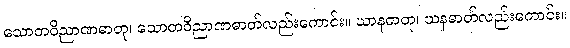
သောတဝိညာဏဓာတု၊ သောတဝိညာဏဓာတ်လည်းကောင်း။ ဃာနဓာတု၊ ဃနဓာတ်လည်းကောင်း။